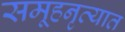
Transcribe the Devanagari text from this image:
समूहनृत्यात